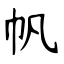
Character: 帆